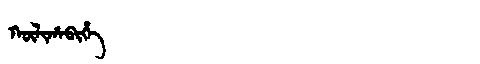
Manchu: ᡴᡡᠯᡳᡥᠠᠪᡳᡥᡝ
Romanization: KŪLIHABIHE